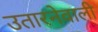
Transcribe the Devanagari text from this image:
उतारनेवाली